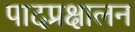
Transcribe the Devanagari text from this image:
पादप्रक्षालन